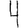
Digit: 4